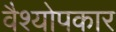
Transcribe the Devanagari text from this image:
वैश्योपकार